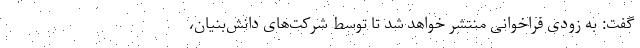
گفت: به زودی فراخوانی منتشر خواهد شد تا توسط شرکت‌های دانش‌بنیان،